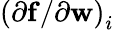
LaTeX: \left({\partial{\mathbf f}}/{\partial{\mathbf w}}\right)_{i}